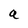
Character: a